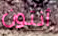
أنتون